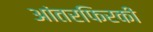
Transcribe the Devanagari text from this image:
आंतरफिरकी